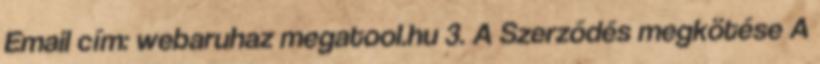
Email cím: webaruhaz megatool.hu 3. A Szerződés megkötése A